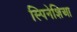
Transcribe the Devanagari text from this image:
स्पिनेशिआ